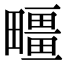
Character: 疅